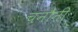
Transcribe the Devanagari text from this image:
चनौनी